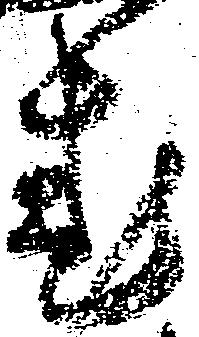
惑